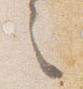
之